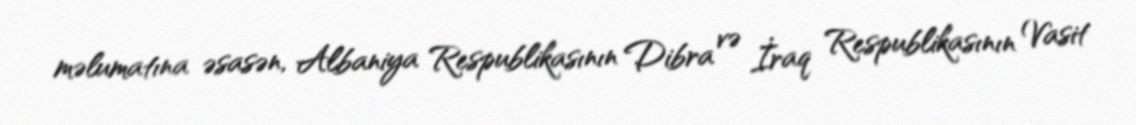
məlumatına əsasən, Albaniya Respublikasının Dibra və İraq Respublikasının Vasit